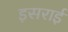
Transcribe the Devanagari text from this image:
इसराई